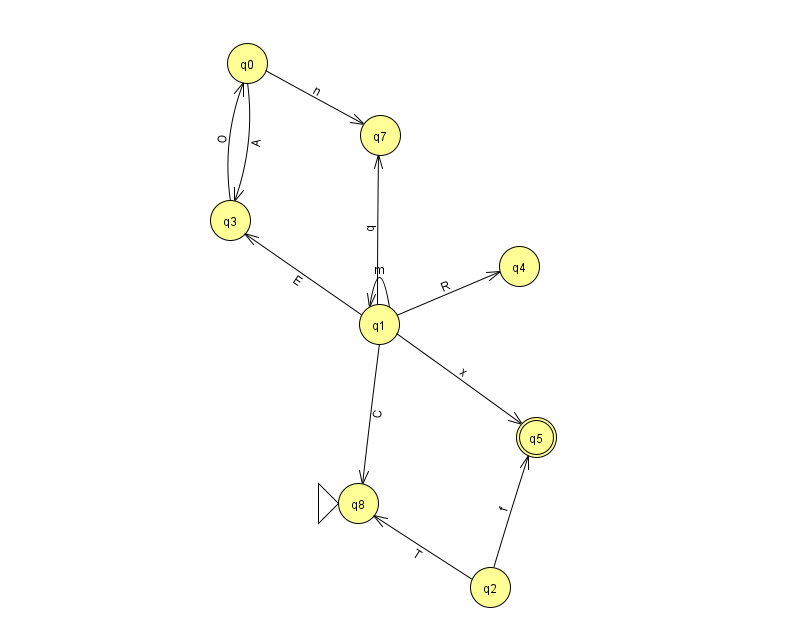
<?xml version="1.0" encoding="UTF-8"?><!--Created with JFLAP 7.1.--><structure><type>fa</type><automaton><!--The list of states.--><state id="0" name="q0"><x>247.0</x><y>50.0</y></state><state id="1" name="q1"><x>379.0</x><y>311.0</y></state><state id="2" name="q2"><x>490.0</x><y>574.0</y></state><state id="3" name="q3"><x>230.0</x><y>207.0</y></state><state id="4" name="q4"><x>519.0</x><y>253.0</y></state><state id="5" name="q5"><x>536.0</x><y>424.0</y><final/></state><state id="7" name="q7"><x>380.0</x><y>122.0</y></state><state id="8" name="q8"><x>358.0</x><y>490.0</y><initial/></state><!--The list of transitions.--><transition><from>0</from><to>3</to><read>A</read></transition><transition><from>1</from><to>4</to><read>R</read></transition><transition><from>2</from><to>8</to><read>T</read></transition><transition><from>1</from><to>5</to><read>x</read></transition><transition><from>1</from><to>8</to><read>C</read></transition><transition><from>1</from><to>3</to><read>E</read></transition><transition><from>1</from><to>7</to><read>q</read></transition><transition><from>1</from><to>1</to><read>m</read></transition><transition><from>0</from><to>7</to><read>n</read></transition><transition><from>2</from><to>5</to><read>f</read></transition><transition><from>3</from><to>0</to><read>O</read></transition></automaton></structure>